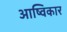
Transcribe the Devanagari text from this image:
आष्विकार